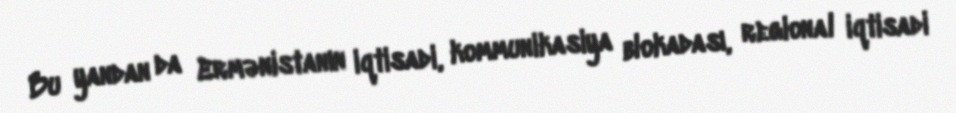
Bu yandan da Ermənistanın iqtisadi, kommunikasiya blokadası, regional iqtisadi